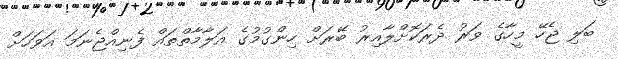
ބަލި ޖެހޭ މީހާގެ ވަރު ދެރަކޮށްލާއިރު ބޭރަށް ހިންގުމުގެ އަލާމާތްތައް ފެނިއްޖެނަމަ އަވަހަށް